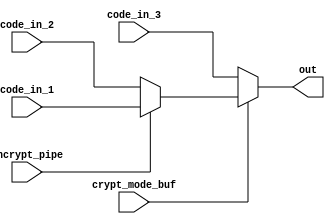
module rotorA_forward(encrypt_pipe, crypt_mode_buf, code_in_1, code_in_2, code_in_3, out);
input encrypt_pipe;
input crypt_mode_buf;  // 0: encrypt; 1:decrypt;
input [6-1:0] code_in_1;
input [6-1:0] code_in_2;
input [6-1:0] code_in_3;	// When load is active, then code_in is input of rotors. 
							          // When encrypy is active, then code_in is input of code words.
							          // Note: We only use rotorA in part1.
output reg [6-1:0] out;   // encrypted code word (register output)




always @(*) begin
    out = (crypt_mode_buf) ? (encrypt_pipe) ? code_in_1 : code_in_2 : code_in_3;
end



endmodule